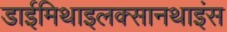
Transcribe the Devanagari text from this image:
डाईमिथाइलक्सानथाइंस